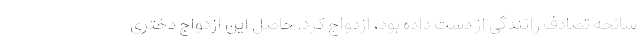
سانحه تصادف رانندگی از دست داده بود، ازدواج کرد. حاصل این ازدواج دختری